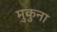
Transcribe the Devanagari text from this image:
मुकुना